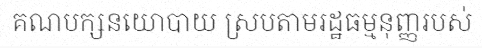
គណបក្សនយោបាយ ស្របតាមរដ្ឋធម្មនុញ្ញរបស់